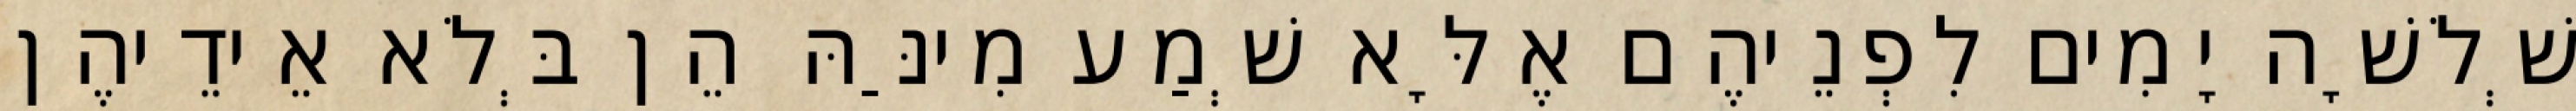
שְׁלֹשָׁה יָמִים לִפְנֵיהֶם אֶלָּא שְׁמַע מִינַּהּ הֵן בְּלֹא אֵידֵיהֶן